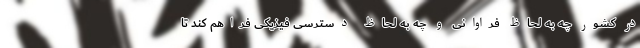
در کشور چه به لحاظ فراوانی و چه به لحاظ دسترسی فیزیکی فراهم کند تا